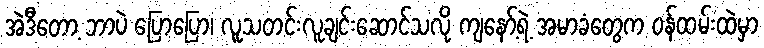
အဲဒီတော့ ဘာပဲ ပြောပြော၊ လူသတင်းလူချင်းဆောင်သလို ကျနော့်ရဲ့ အမာခံတွေက ဝန်ထမ်းထဲမှာ